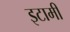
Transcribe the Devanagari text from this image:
इटामी